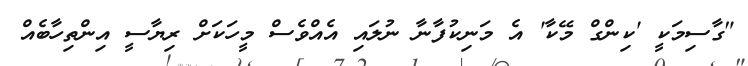
"ގާސިމަކީ 'ކިންގް މޭކާ' އެ މަނިކުފާނާ ނުލައި އެއްވެސް މީހަކަށް ރިޔާސީ އިންތިހާބެއް